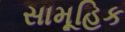
સામૂહિક